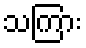
သကြား